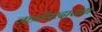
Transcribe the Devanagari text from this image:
जहागिरदारांचा